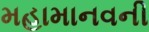
મહામાનવની